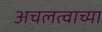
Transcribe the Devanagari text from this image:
अचलत्वाच्या